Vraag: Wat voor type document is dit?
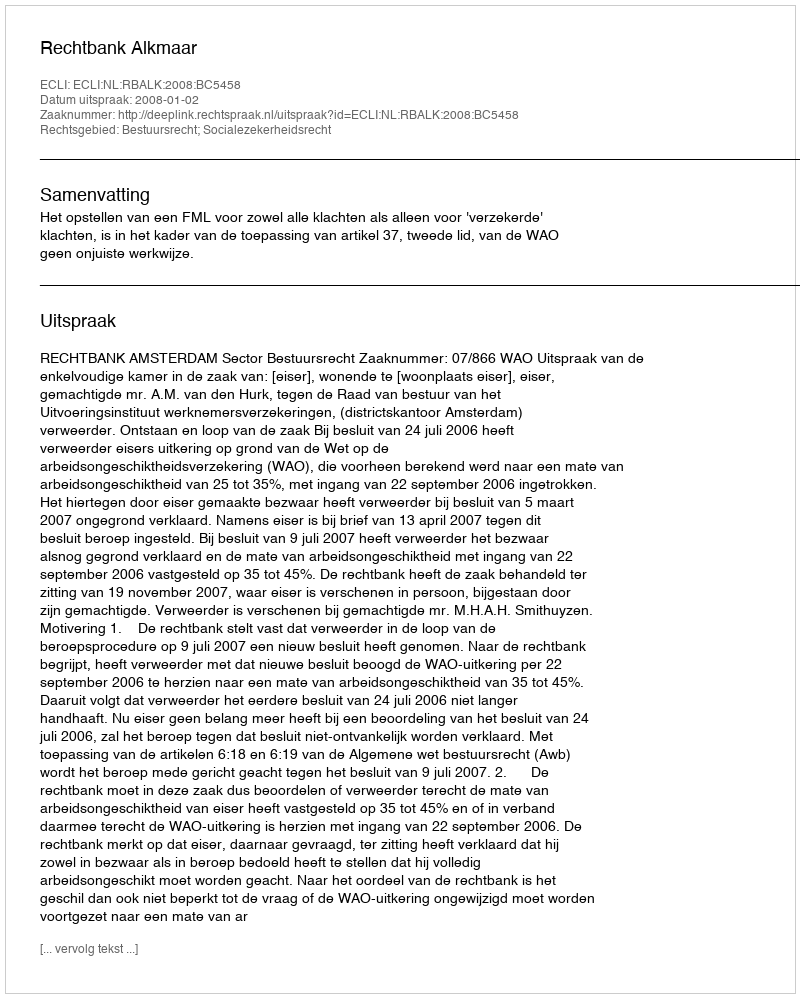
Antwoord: Uitspraak